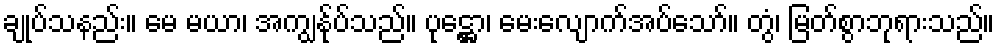
ချုပ်သနည်း။ မေ မယာ၊ အကျွန်ုပ်သည်။ ပုဋ္ဌော၊ မေးလျောက်အပ်သော်။ တွံ၊ မြတ်စွာဘုရားသည်။